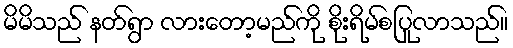
မိမိသည် နတ်ရွာ လားတော့မည်ကို စိုးရိမ်စပြုလာသည်။